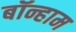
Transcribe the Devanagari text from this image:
बॉन्हाम